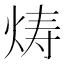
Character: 𬊍